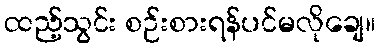
ထည့်သွင်း စဉ်းစားရန်ပင်မလိုချေ။